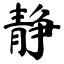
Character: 静